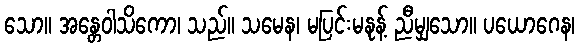
သော။ အန္တေဝါသိကော၊ သည်။ သမေန၊ မပြင်းမနုန့် ညီမျှသော။ ပယောဂေန၊